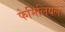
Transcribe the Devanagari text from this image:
फेमिलियल